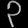
Digit: ၃